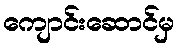
ကျောင်းဆောင်မှ